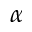
\alpha